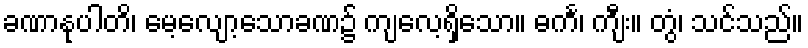
ခဏာနုပါတိ၊ မေ့လျော့သောခဏ၌ ကျလေ့ရှိသော။ ဓင်္က၊ ကျီး။ တွံ၊ သင်သည်။